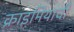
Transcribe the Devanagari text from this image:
क्राइमियाची